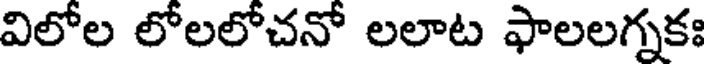
విలోల లోలలోచనో లలాట ఫాలలగ్నకః